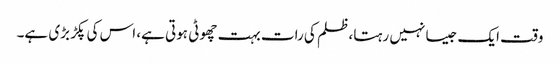
وقت ایک جیسا نہیں رہتا، ظلم کی رات بہت چھوٹی ہوتی ہے، اس کی پکڑ بڑی ہے۔